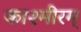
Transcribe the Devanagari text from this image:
काश्मीरम्